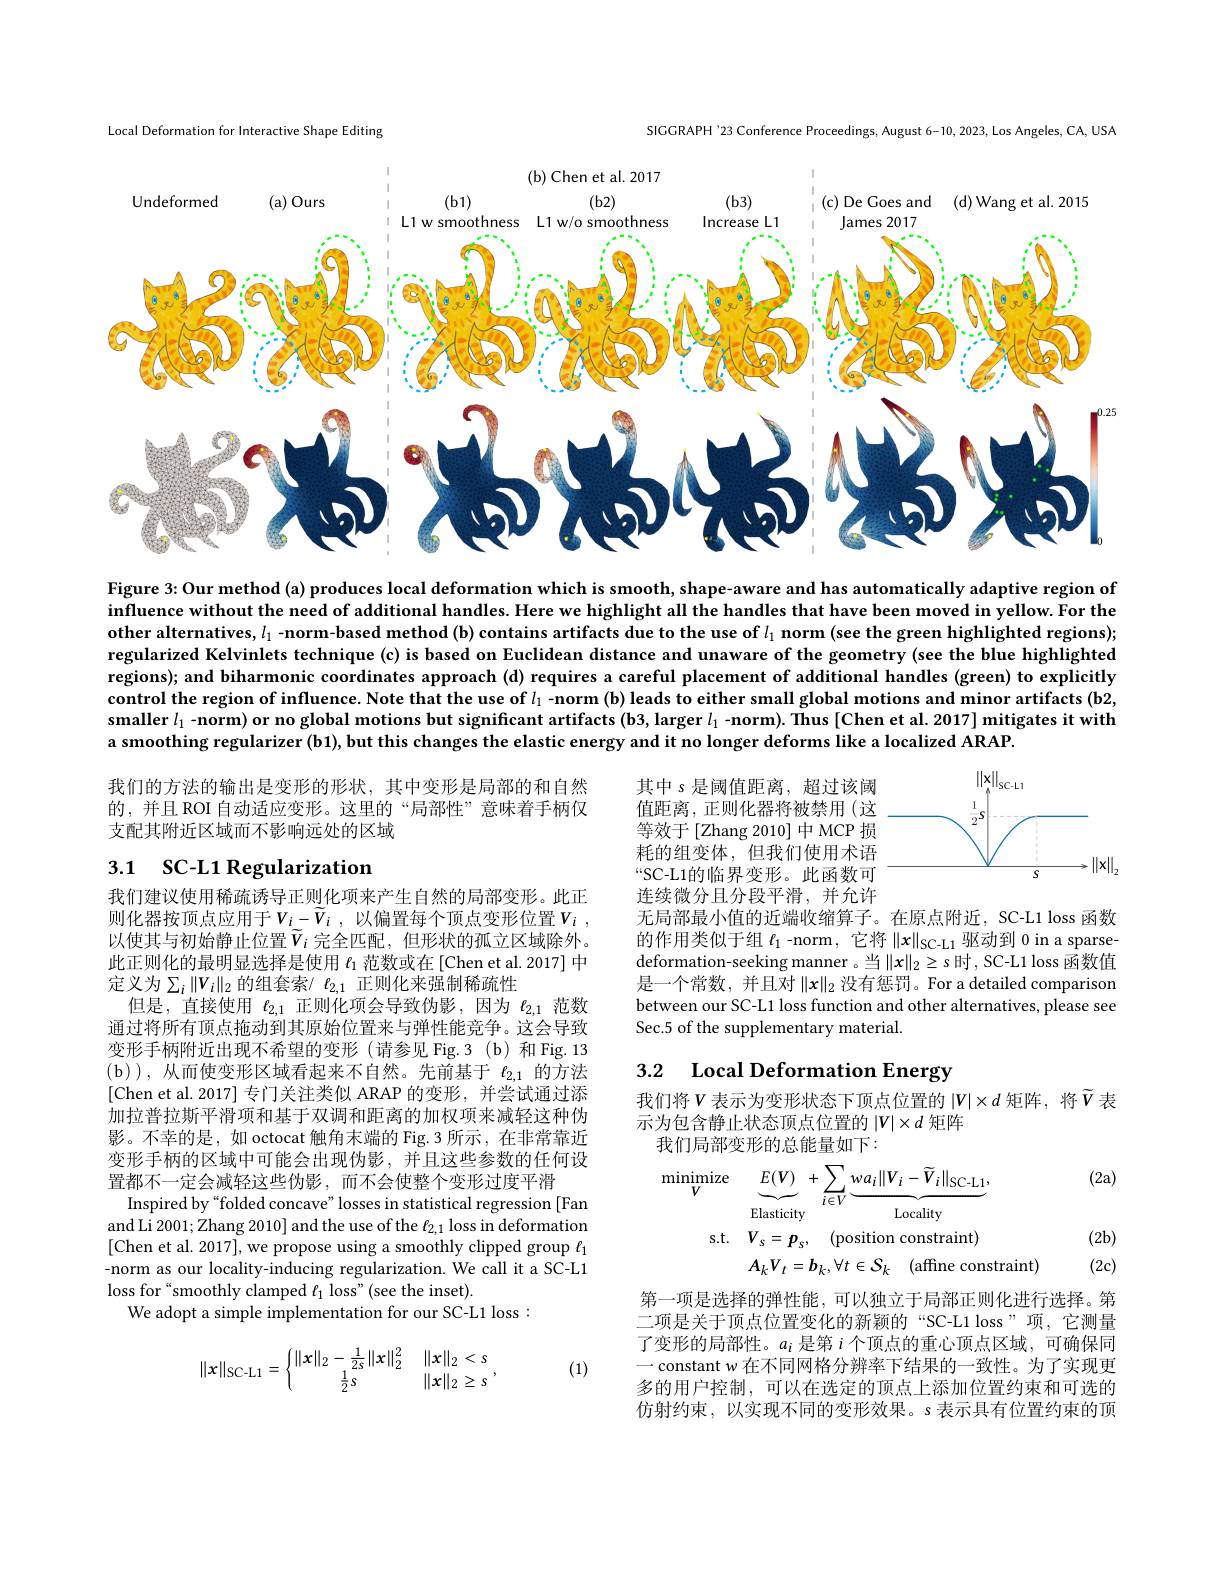
Local Deformation for Interactive Shape Editing

SIGGRAPH'23 Conference Proceedings, August 6-10, 2023, Los Angeles, CA, USA

<FigureHere>

Figure 3: Our method (a) produces local deformation which is smooth, shape-aware and has automatically adaptive region of influence without the need of additional handles. Here we highlight all the handles that have been moved in yellow. For the other alternatives, $l_1$ -norm-based method (b) contains artifacts due to the use of $l_1$ norm (see the green highlighted regions); regularized Kelvinlets technique (c) is based on Euclidean distance and unaware of the geometry (see the blue highlighted regions); and biharmonic coordinates approach (d) requires a careful placement of additional handles (green) to explicitly control the region of influence. Note that the use of $l_1$ -norm (b) leads to either small global motions and minor artifacts (b2, smaller $l_1$ -norm) or no global motions but significant artifacts (b3, larger $l_1$ -norm). Thus [Chen et al. 2017] mitigates it with a smoothing regularizer (b1), but this changes the elastic energy and it no longer deforms like a localized ARAP.

我们的方法的输出是变形的形状，其中变形是局部的和自然的，并且 ROI 自动适应变形。这里的“局部性”意味着手柄仅支配其附近区域而不影响远处的区域

<FigureHere>

其中 s 是阈值距离，超过该阈值距离，正则化器将被禁用(这等效于[Zhang 2010]中MCP 损耗的组变体，但我们使用术语“SC-L1的临界变形。此函数可连续微分且分段平滑，并允许无局部最小值的近端收缩算子。在原点附近，SC-L1 loss 函数

# 3.1 SC-L1 Regularization

的作用类似于组$\ell_1$ -norm, 它将$\|x\|_{\mathrm{SC-L1}}$驱动到 0 in a sparsedeformation-seeking manner 。当$\|x\|_2\geq s$ 时，SC-L1 loss 函数值是一个常数，并且对$\|x\|_2$ 没有惩罚。For a detailed comparisor between our SC-L1 loss function and other alternatives, please see Sec.5 of the supplementary material.

# 3.2 Local Deformation Energy

我们建议使用稀疏诱导正则化项来产生自然的局部变形。此正则化器按顶点应用于$V_i- \tilde{V} _i$ , 以 偏 置 每 个 顶 点 变 形 位 置 $V_i$ , 以使其与初始静止位置$\tilde{V}_i$ 完全匹配，但形状的孤立区域除外。此正则化的最明显选择是使用$\iota_1$范数或在[Chen et al.2017] 中定义为$\sum_i\|V_i\|_2$的组套索/ $\ell_{2,1}$ 正则化来强制稀疏性
但是，直接使用$\ell_2,1$正则化项会导致伪影 ,因为$\ell_{2,1}$范数通过将所有顶点拖动到其原始位置来与弹性能竞争。这会导致变形手柄附近出现不希望的变形(请参见 Fig.3(b) 和 Fig.13 (b)),从而使变形区域看起来不自然。先前基于$\ell_2,1$的方法[Chen et al. 2017] 专门关注类似 ARAP 的变形，并尝试通过添加拉普拉斯平滑项和基于双调和距离的加权项来减轻这种伪影。不幸的是，如 octocat 触角末端的 Fig.3 所示，在非常靠近变形手柄的区域中可能会出现伪影，并且这些参数的任何设置都不一定会减轻这些伪影 ,而不会使整个变形过度平滑
Inspired by“folded concave” losses in statistical regression [Fan and Li 2001; Zhang 2010] and the use of the $\ell_{2,1}$ loss in deformation [Chen et al. 2017],we propose using a smoothly clipped group $\ell_1$ -norm as our locality-inducing regularization. We call it a SC-L1 loss for“smoothly clamped $\ell_1$ loss"(see the inset).
We adopt a simple implementation for our SC-L1 loss :

我们将$V$表示为变形状态下顶点位置的 $|V|\times d$ 矩阵，将$\tilde{V}$ 表
示为包含静止状态顶点位置的$|V|\times d$矩阵
我们局部变形的总能量如下：

(2a)
$$\begin{aligned}\mathrm{minimize}&\underbrace{E(V)}_{V}+\sum_{i\in V}\underbrace{wa_{i}\|V_{i}-\widetilde{V}_{i}\|_{\mathrm{SC-L}1}}_{\mathrm{Locality}},\\\mathrm{s.t.}&V_{s}=p_{s},\quad\mathrm{(position~constraint)}\\&A_{k}V_{t}=b_{k},\forall t\in\mathcal{S}_{k}\quad\mathrm{(affine~constraint)}\end{aligned}$$
(2b) (2c)

第一项是选择的弹性能，可以独立于局部正则化进行选择。第二项是关于顶点位置变化的新颖的“SC-L1 loss”项，它测量了变形的局部性。$a_i$是第$i$个顶点的重心顶点区域，可确保同一 constant $w$在不同网格分辨率下结果的一致性。为了实现更多的用户控制，可以在选定的顶点上添加位置约束和可选的仿射约束，以实现不同的变形效果。s 表示具有位置约束的顶
$$\|\mathbf{x}\|_{\text{SC-L}1}=\left\{\begin{matrix}\|\mathbf{x}\|_2-\frac{1}{2s}\|\mathbf{x}\|_2^2&\|\mathbf{x}\|_2<s\\\frac{1}{2}s&\|\mathbf{x}\|_2\ge s\end{matrix}\right.,$$
(1)